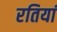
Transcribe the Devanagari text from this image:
रतियां